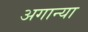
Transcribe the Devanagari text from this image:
अगान्या